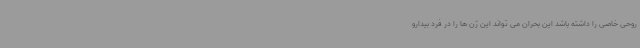
روحی خاصی را داشته باشد این بحران می تواند این ژن ها را در فرد بیدارو